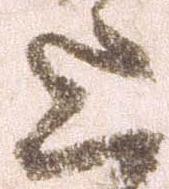
上